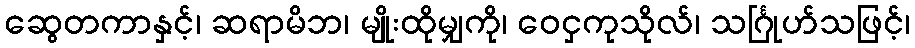
ဆွေတကာနှင့်၊ ဆရာမိဘ၊ မျိုးထိုမျှကို၊ ဝေငှကုသိုလ်၊ သင်္ဂြုဟ်သဖြင့်၊